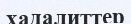
хадалиттер